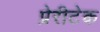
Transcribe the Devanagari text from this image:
प्रेरीटेक